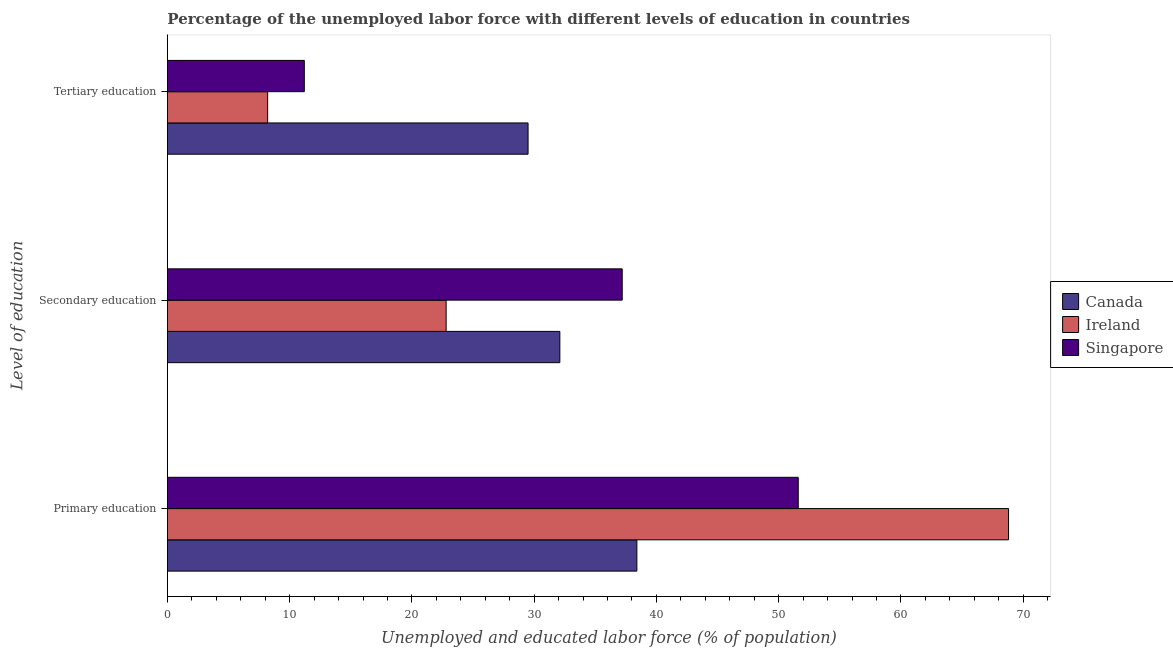
| Level of education | Canada | Ireland | Singapore |
 | --- | --- | --- | --- |
 | Primary education | 38.4 | 68.8 | 51.6 |
 | Secondary education | 32.1 | 22.8 | 37.2 |
 | Tertiary education | 29.5 | 8.2 | 11.2 |